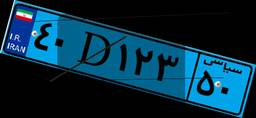
۴۰D۱۲۳۵۰